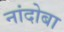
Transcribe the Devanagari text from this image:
नांदोबा